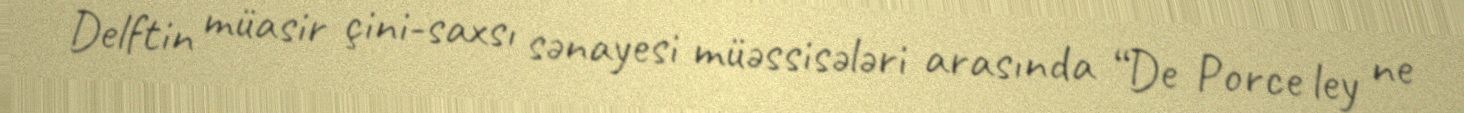
Delftin müasir çini-saxsı sənayesi müəssisələri arasında “De Porce ley ne